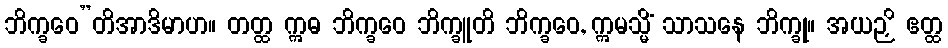
ဘိက္ခဝေ”တိအာဒိမာဟ။ တတ္ထ ဣဓ ဘိက္ခဝေ ဘိက္ခူတိ ဘိက္ခဝေ, ဣမသ္မိံ သာသနေ ဘိက္ခု။ အယဉှိ ဧတ္ထ